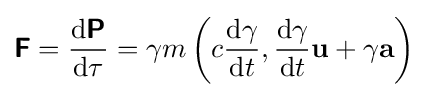
{\boldsymbol {\mathsf {F}}}={\frac {\mathrm {d} {\boldsymbol {\mathsf {P}}}}{\mathrm {d} \tau }}=\gamma m\left(c{\frac {\mathrm {d} \gamma }{\mathrm {d} t}},{\frac {\mathrm {d} \gamma }{\mathrm {d} t}}\mathbf {u} +\gamma \mathbf {a} \right)